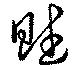
賦